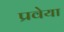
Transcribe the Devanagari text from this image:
प्रवेया